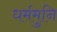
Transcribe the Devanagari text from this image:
धर्ममुनि